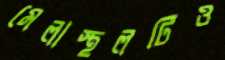
মেলাস্থলটিও